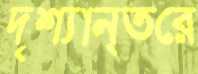
দৃশ্যান্তরে